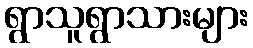
ရွာသူရွာသားများ